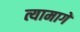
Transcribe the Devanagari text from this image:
त्यामागें